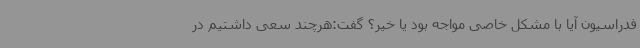
فدراسیون آیا با مشکل خاصی مواجه بود یا خیر؟ گفت:هرچند سعی داشتیم در